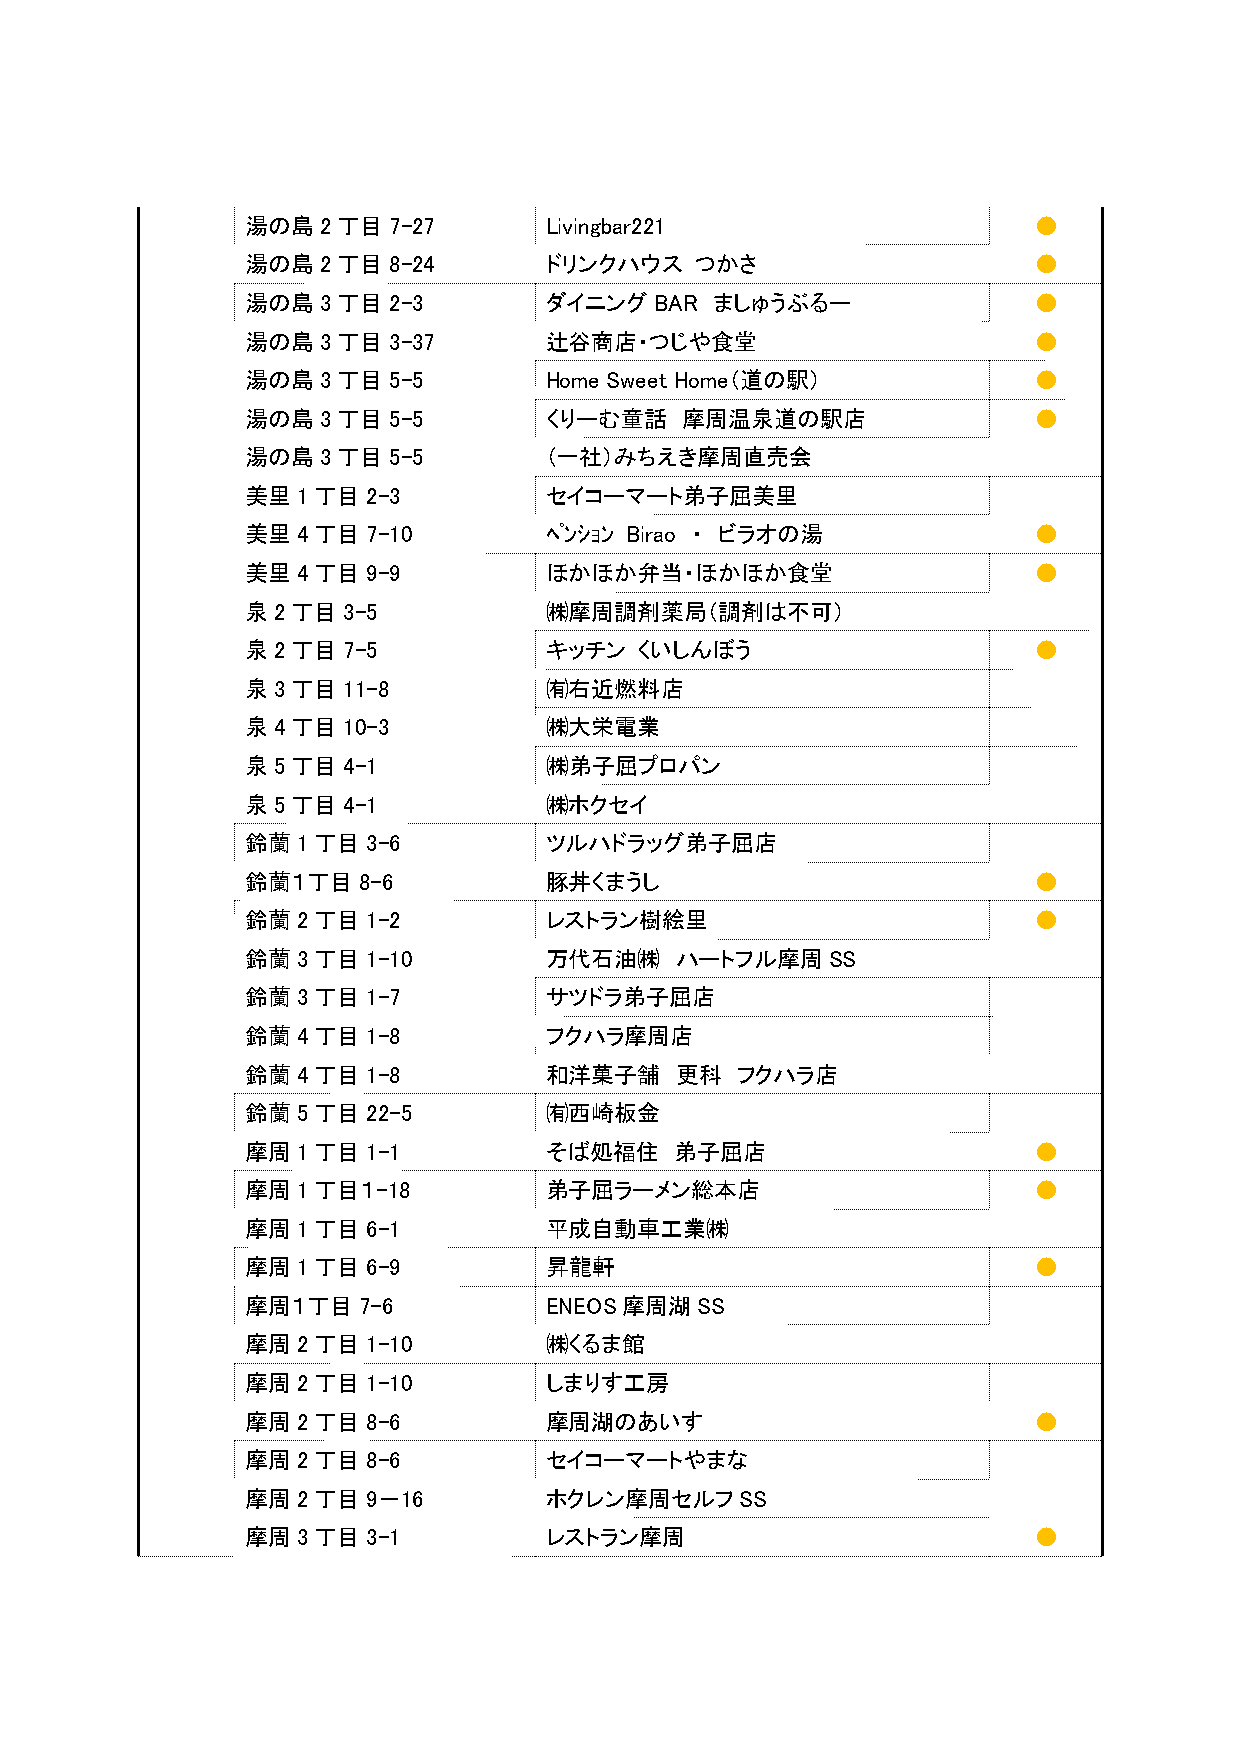
湯の島2丁目7-27          Livingbar221                    ●
 湯の島2丁目8-24          ドリンクハウス   つかさ                   ●
 湯の島3丁目2-3           ダイニングBAR   ましゅうぶるー              ●
 湯の島3丁目3-37          辻谷商店・つじや食堂                      ●
 湯の島3丁目5-5           Home Sweet Home（道の駅）            ●
 湯の島3丁目5-5           くりーむ童話   摩周温泉道の駅店               ●
 湯の島3丁目5-5           （一社）みちえき摩周直売会
 美里1丁目2-3            セイコーマート弟子屈美里
 美里4丁目7-10           ﾍﾟﾝｼｮﾝ Birao ・ ビラオの湯            ●
 美里4丁目9-9            ほかほか弁当・ほかほか食堂                   ●
 泉2丁目3-5             ㈱摩周調剤薬局（調剤は不可）
 泉2丁目7-5             キッチン  くいしんぼう                    ●
 泉3丁目11-8            ㈲右近燃料店
 泉4丁目10-3            ㈱大栄電業
 泉5丁目4-1             ㈱弟子屈プロパン
 泉5丁目4-1             ㈱ホクセイ
 鈴蘭1丁目3-6            ツルハドラッグ弟子屈店
 鈴蘭１丁目8-6            豚丼くまうし                          ●
 鈴蘭2丁目1-2            レストラン樹絵里                        ●
 鈴蘭3丁目1-10           万代石油㈱    ハートフル摩周SS
 鈴蘭3丁目1-7            サツドラ弟子屈店
 鈴蘭4丁目1-8            フクハラ摩周店
 鈴蘭4丁目1-8            和洋菓子舗    更科  フクハラ店
 鈴蘭5丁目22-5           ㈲西崎板金
 摩周1丁目1-1            そば処福住    弟子屈店                   ●
 摩周1丁目１-18           弟子屈ラーメン総本店                      ●
 摩周1丁目6-1            平成自動車工業㈱
 摩周1丁目6-9            昇龍軒                             ●
 摩周１丁目7-6            ENEOS摩周湖SS
 摩周2丁目1-10           ㈱くるま館
 摩周2丁目1-10           しまりす工房
 摩周2丁目8-6            摩周湖のあいす                         ●
 摩周2丁目8-6            セイコーマートやまな
 摩周2丁目9－16           ホクレン摩周セルフSS
 摩周3丁目3-1            レストラン摩周                         ●